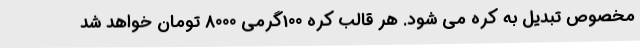
مخصوص تبدیل به کره می شود. هر قالب کره 100گرمی 8000 تومان خواهد شد